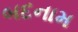
બદનામ